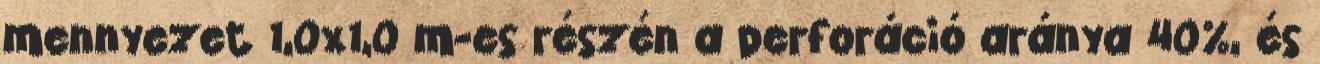
mennyezet 1,0x1,0 m-es részén a perforáció aránya 40%, és